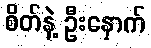
စိတ်နဲ့ ဦးနှောက်